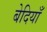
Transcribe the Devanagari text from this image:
बेदियाँ